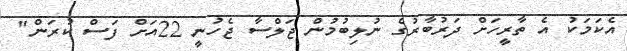
އެކަމަކު އެ ތާރީހަށް ދަރުބާރުގެ ނުލިބުމުން ޖަލްސާ ޖެހުނީ 22އަށް ފަސް ކުރަން"